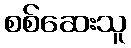
စစ်ဆေးသူ